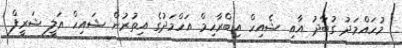
މުހައްމަދު ގުބާދު އާއި ޝެއިހް އިބްރާހިމް އަހްމަދުގެ އިތުރުން ޝައިހް އަލީ ޝަރީފް